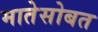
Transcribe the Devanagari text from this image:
मातेसोबत